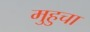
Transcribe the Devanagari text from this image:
मुहुचा